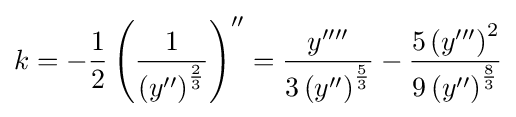
k=-{\frac {1}{2}}\left({\frac {1}{\left(y''\right)^{\frac {2}{3}}}}\right)''={\frac {y''''}{3\left(y''\right)^{\frac {5}{3}}}}-{\frac {5\left(y'''\right)^{2}}{9\left(y''\right)^{\frac {8}{3}}}}